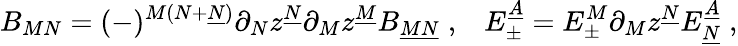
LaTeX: B_{MN}=(-)^{M(N+\underline{{{N}}})}\partial_{N}z^{\underline{{{N}}}}\partial_{M}z^{\underline{{{M}}}}B_{\underline{{{MN}}}}\; ,\; \; \; E_{\pm}^{\underline{{{A}}}}=E_{\pm}^{M}\partial_{M}z^{\underline{{{N}}}}E_{\underline{{{N}}}}^{\underline{{{A}}}}\; ,